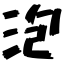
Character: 泡